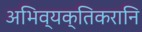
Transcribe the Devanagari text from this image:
अभिव्यक्तिकरानि